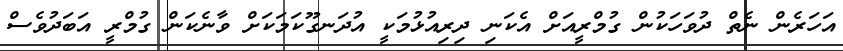
އަހަރެން ނެތް ދުވަހަކުން ގުމްރީއަަށް އެކަނިި ދިރިއުޅުމަކީ އުދަނގޫކަމަކަށް ވާނެކަން ގުމްރީ އަބަދުވެސް